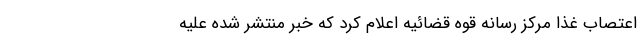
اعتصاب غذا مرکز رسانه قوه قضائیه اعلام کرد که خبر منتشر شده علیه